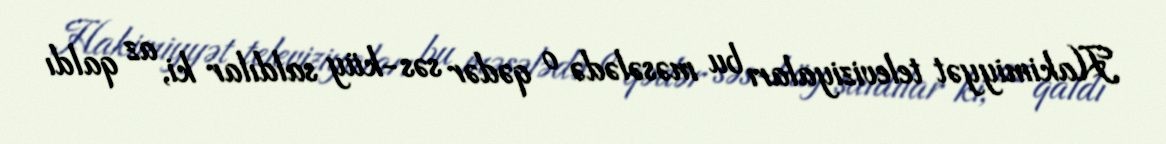
Hakimiyyət televiziyaları bu məsələdə o qədər səs-küy saldılar ki, az qaldı